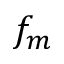
f _ { m }